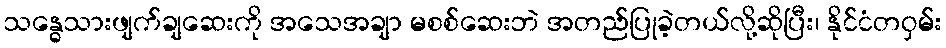
သန္ဓေသားဖျက်ချဆေးကို အသေအချာ မစစ်ဆေးဘဲ အတည်ပြုခဲ့တယ်လို့ဆိုပြီး၊ နိုင်ငံတဝှမ်း